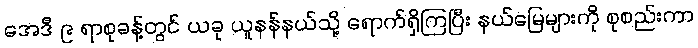
အေဒီ ၉ ရာစုခန့်တွင် ယခု ယူနန်နယ်သို့ ရောက်ရှိကြပြီး နယ်မြေများကို စုစည်းကာ